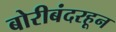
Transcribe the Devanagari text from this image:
बोरीबंदरहून